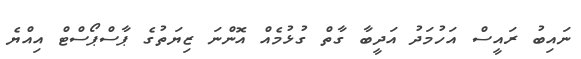
ނައިބު ރައީސް އަހުމަދު އަދީބާ ގާތް ގުޅުމެއް އޮންނަ ޒިޔަތުގެ ޕާސްޕޯސްޓް އިއްޔެ